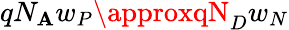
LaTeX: qN_{\mathbf{A}}w_{P}\approxqN_{D}w_{N}